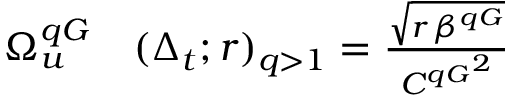
\begin{array} { r l } { \Omega _ { u } ^ { q G } } & { { } ( \Delta _ { t } ; r ) _ { q > 1 } = \frac { \sqrt { r \, \beta ^ { q G } } } { { C ^ { q G } } ^ { 2 } } } \end{array}